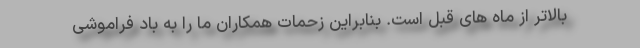
بالاتر از ماه های قبل است. بنابراین زحمات همکاران ما را به باد فراموشی